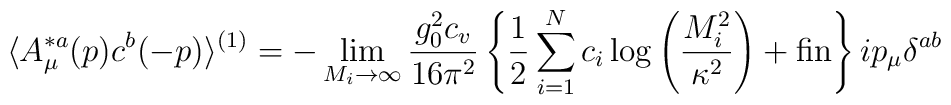
\langle A^{*a}_\mu(p) c^b(-p) \rangle^{(1)} = - \lim_{M_i \rightarrow\infty} \frac{g_0^2 c_v}{16 \pi^2}\left\{\frac{1}{2}\sum_{i=1}^N c_i\log\left(\frac{M_i^2}{\kappa^2}\right) + {\rm fin} \right\} i p_\mu\delta^{ab}